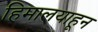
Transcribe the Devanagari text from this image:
हिमालयाहून